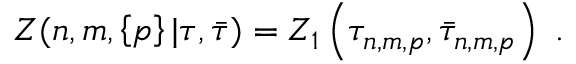
Z ( n , m , \left\{ p \right\} | \tau , \bar { \tau } ) = Z _ { 1 } \left( \tau _ { n , m , p } , \bar { \tau } _ { n , m , p } \right) \, \, .